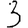
Digit: 3